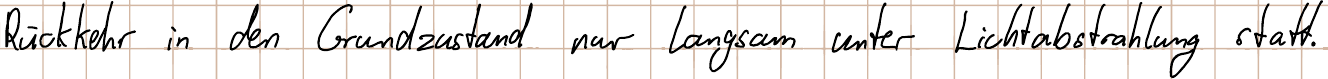
Rückkehr in den Grundzustand nur langsam unter Lichtabstrahlung statt.